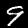
Label: 9